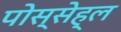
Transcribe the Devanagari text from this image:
पोस्सेह्ल